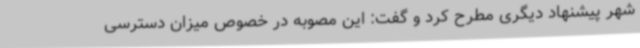
شهر پیشنهاد دیگری مطرح کرد و گفت:‌ این مصوبه در خصوص میزان دسترسی